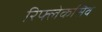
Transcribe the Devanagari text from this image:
रिफ्लेकसिव